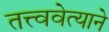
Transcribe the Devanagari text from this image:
तत्त्ववेत्याने